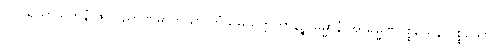
(င) ရသာယတနံ ဇိဝှါဝိညာဏဓာတုယာ တံသမ္ပယုတ္တကာနဉ္စ ဓမ္မာနံ အာရမ္မဏပစ္စယေန ပစ္စယော။